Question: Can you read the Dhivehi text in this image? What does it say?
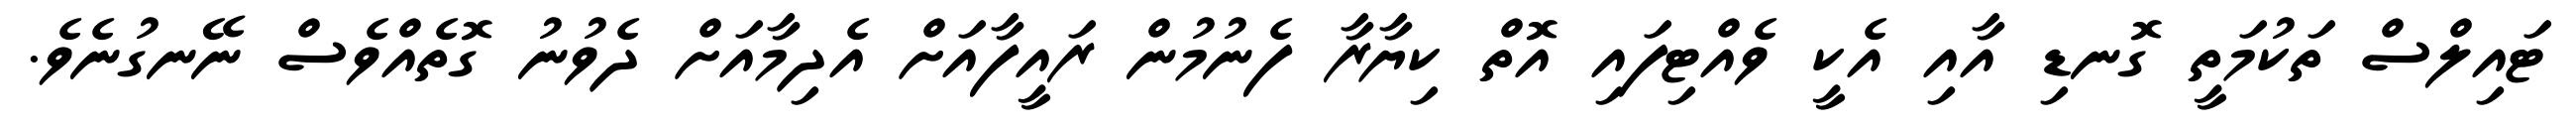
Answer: ޓައިލްސް ތަކުމަތީ ގޮނޑި އާއި އެކީ ވެއްޓިފައި އޮތް ކިޔާރާ ފެނުމުން ރައީފާއަށް އެދިމާއަށް ދެވުނު ގޮތެއްވެސް ނޭނގުނެވެ.